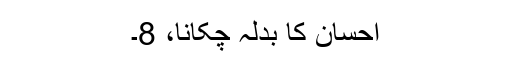
احسان کا بدلہ چکانا، 8۔